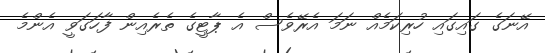
އޭނަގެ ގައިގައި ހުރިކަމެއް ނަމަ އެރޭވެސް އެ ޕާޓީގެ ތެރެއިން ފާހަގަވީ އެންމެ